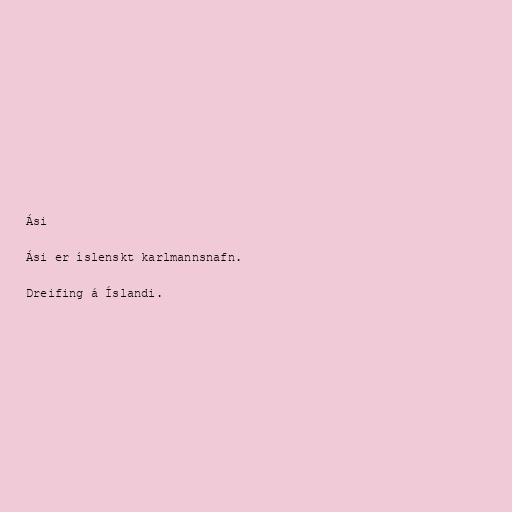
Ási

Ási er íslenskt karlmannsnafn.

Dreifing á Íslandi.